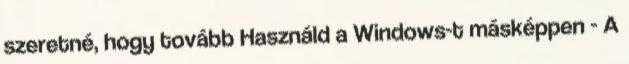
szeretné, hogy tovább Használd a Windows-t másképpen - A